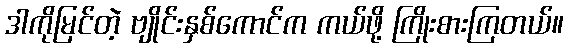
ဒါကိုမြင်တဲ့ ဗျိုင်းနှစ်ကောင်က ကယ်ဖို့ ကြိုးစားကြတယ်။